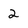
Character: 2